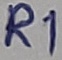
Text: R1